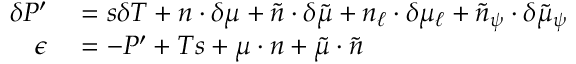
\begin{array} { r l } { \delta P ^ { \prime } } & { { } = s \delta T + n \cdot \delta \mu + \tilde { n } \cdot \delta \tilde { \mu } + n _ { \ell } \cdot \delta \mu _ { \ell } + \tilde { n } _ { \psi } \cdot \delta \tilde { \mu } _ { \psi } } \\ { \epsilon } & { { } = - P ^ { \prime } + T s + \mu \cdot n + \tilde { \mu } \cdot \tilde { n } } \end{array}